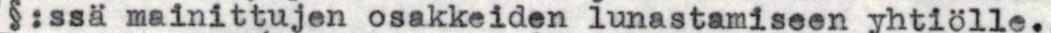
§:ssä mainittujen osakkeiden lunastamiseen yhtiölle.